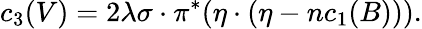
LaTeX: c_{3}(V)=2\lambda\sigma\cdot\pi^{*}(\eta\cdot(\eta-nc_{1}(B))).